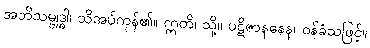
အဘိသမ္ဗုဒ္ဓါ၊ သိအပ်ကုန်၏။ ဣတိ၊ သို့။ ပဋိဇာနနေန၊ ဝန်ခံသဖြင့်။